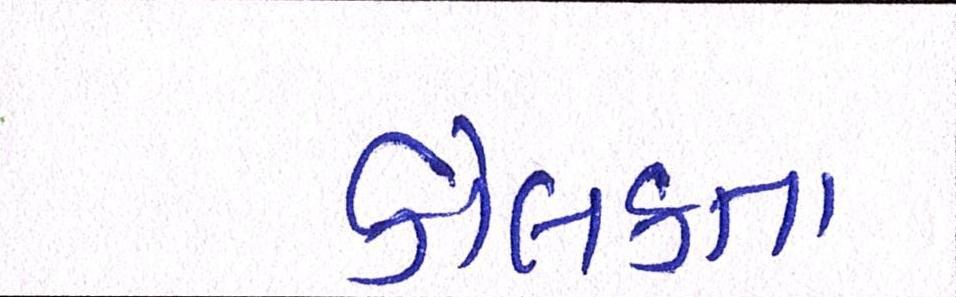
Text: કોલકતા